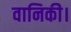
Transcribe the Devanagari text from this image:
वानिकी।